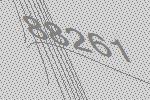
88261